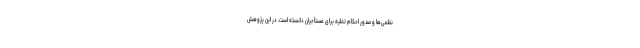
نظمی‌ها و صدور احکام تخلیه برای مستأجران دانسته است. در این پژوهش